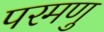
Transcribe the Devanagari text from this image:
परमणु